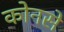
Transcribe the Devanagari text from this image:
कोनसे